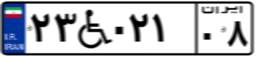
۲۳W۰۲۱۰۸